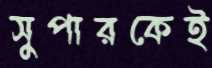
সুপারকেই